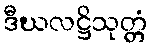
ဒီဃလဋ္ဌိသုတ္တံ